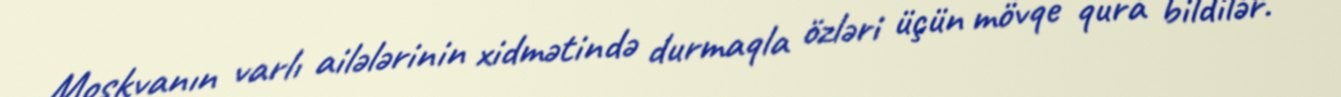
Moskvanın varlı ailələrinin xidmətində durmaqla özləri üçün mövqe qura bildilər.